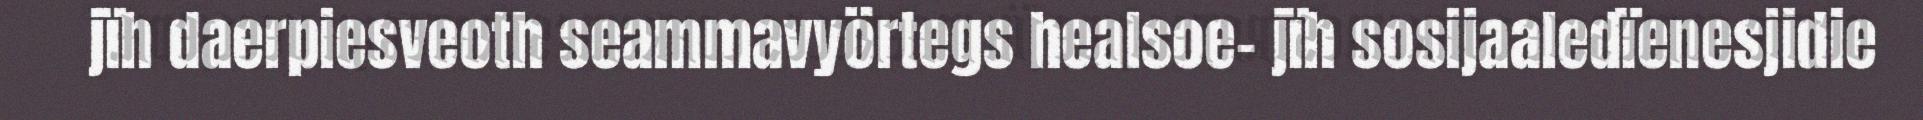
jïh daerpiesveoth seammavyörtegs healsoe- jïh sosijaaledïenesjidie